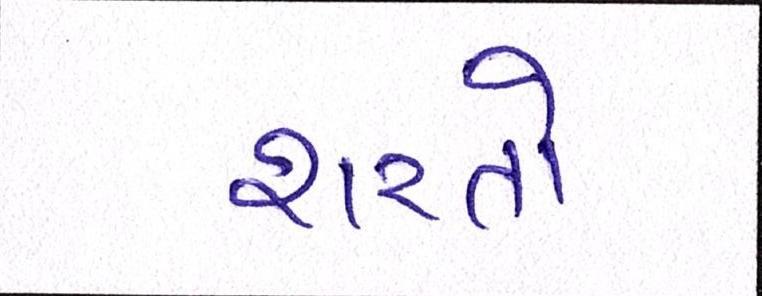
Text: શરતો